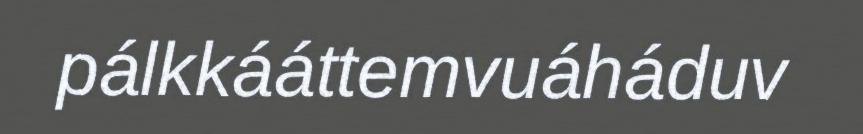
pálkkááttemvuáháduv